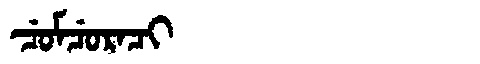
Manchu: ᠴᡠᠮᠴᡠᡵᠠᠴᡳ
Romanization: CUMCURACI